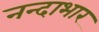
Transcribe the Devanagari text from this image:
नन्दाभार